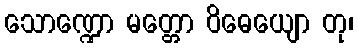
သောဏ္ဍော မတ္တော ဝိဓေယျော တု၊